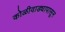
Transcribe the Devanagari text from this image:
कोळीवाड्यापासून